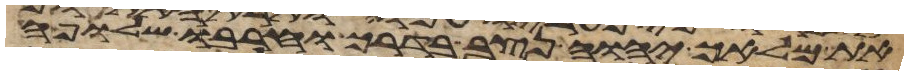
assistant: את מלאך יהוה נצב בדרך וחרבו שלופה